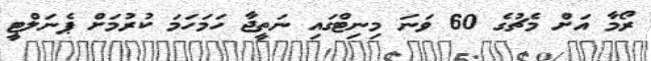
ރޯމާ އަށް މެޗުގެ 60 ވަނަ މިނިޓްގައި ނަތީޖާ ހަމަހަަމަ ކުރުމަށް ޕެނަލްޓީ